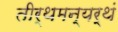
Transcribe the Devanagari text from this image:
तीर्थमन्यर्थं